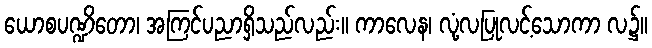
ယောစပဏ္ဍိတော၊ အကြင်ပညာရှိသည်လည်း။ ကာလေန၊ လုံ့လပြုလင့်သောကာ လ၌။